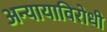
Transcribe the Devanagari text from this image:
अन्यायाविरोधी